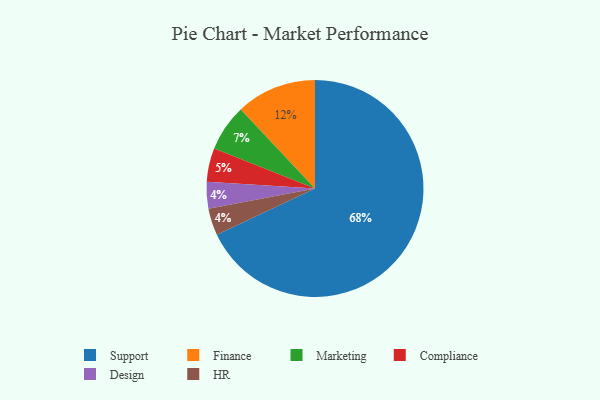
{"axis": {"x": "Category", "y": "Percentage"}, "legend": ["Compliance", "Design", "Finance", "HR", "Marketing", "Support"], "data": [{"x": "Design", "y": 4, "type": "Design"}, {"x": "Finance", "y": 12, "type": "Finance"}, {"x": "Marketing", "y": 7, "type": "Marketing"}, {"x": "HR", "y": 4, "type": "HR"}, {"x": "Support", "y": 68, "type": "Support"}, {"x": "Compliance", "y": 5, "type": "Compliance"}]}